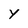
Character: Y